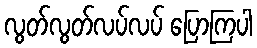
လွတ်လွတ်လပ်လပ် ပြောကြပါ